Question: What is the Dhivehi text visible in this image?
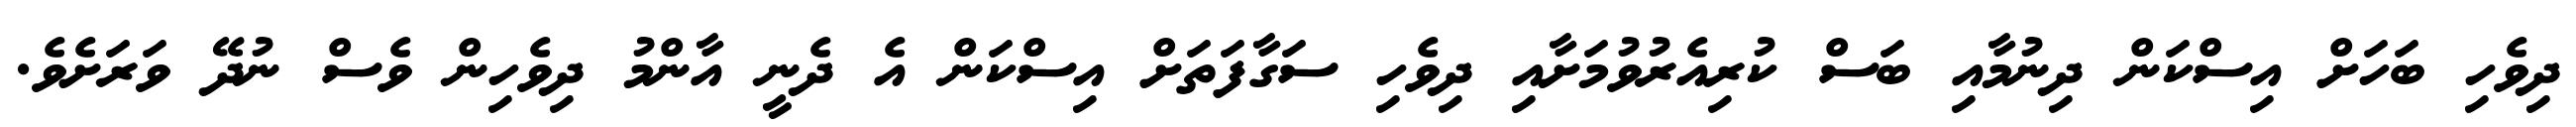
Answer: ދިވެހި ބަހަށް އިސްކަން ދިނުމާއި ބަސް ކުރިއެރުވުމަށާއި ދިވެހި ސަގާފަތަށް އިސްކަން އެ ދެނީ އާންމު ދިވެހިން ވެސް ނުދޭ ވަރަށެވެ.